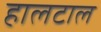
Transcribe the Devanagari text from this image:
हालटाल